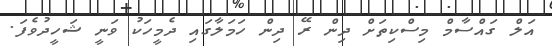
އަލް ގައްސާމް މިސްކިތަށް ދިން ރޭ ދިން ހަމަލާގައި ދެމީހަކު ވަނީ ޝަހީދުވެފަ.